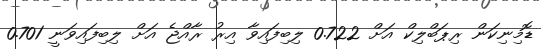
ޑޮމިނިކަން ރިޕަބްލިކް އަށް 0.722 ލިބިފައިވާ އިރު ރާއްޖެ އަށް ލިބިފައިވަނީ 0.701